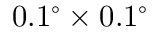
0 . 1 ^ { \circ } \times 0 . 1 ^ { \circ }